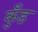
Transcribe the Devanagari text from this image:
कुँड